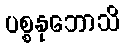
ပစ္စနုဘောသိ